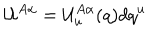
LaTeX: { \mathcal U } ^ { A \alpha } = { \mathcal U } _ { u } ^ { A \alpha } ( q ) d q ^ { u }